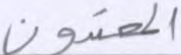
المعتدون